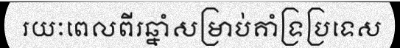
រយៈពេលពីរឆ្នាំសម្រាប់គាំទ្រប្រទេស